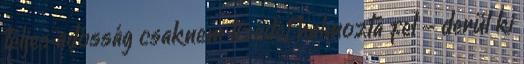
teljes adósság csaknem tizedét halmozta fel - derül ki